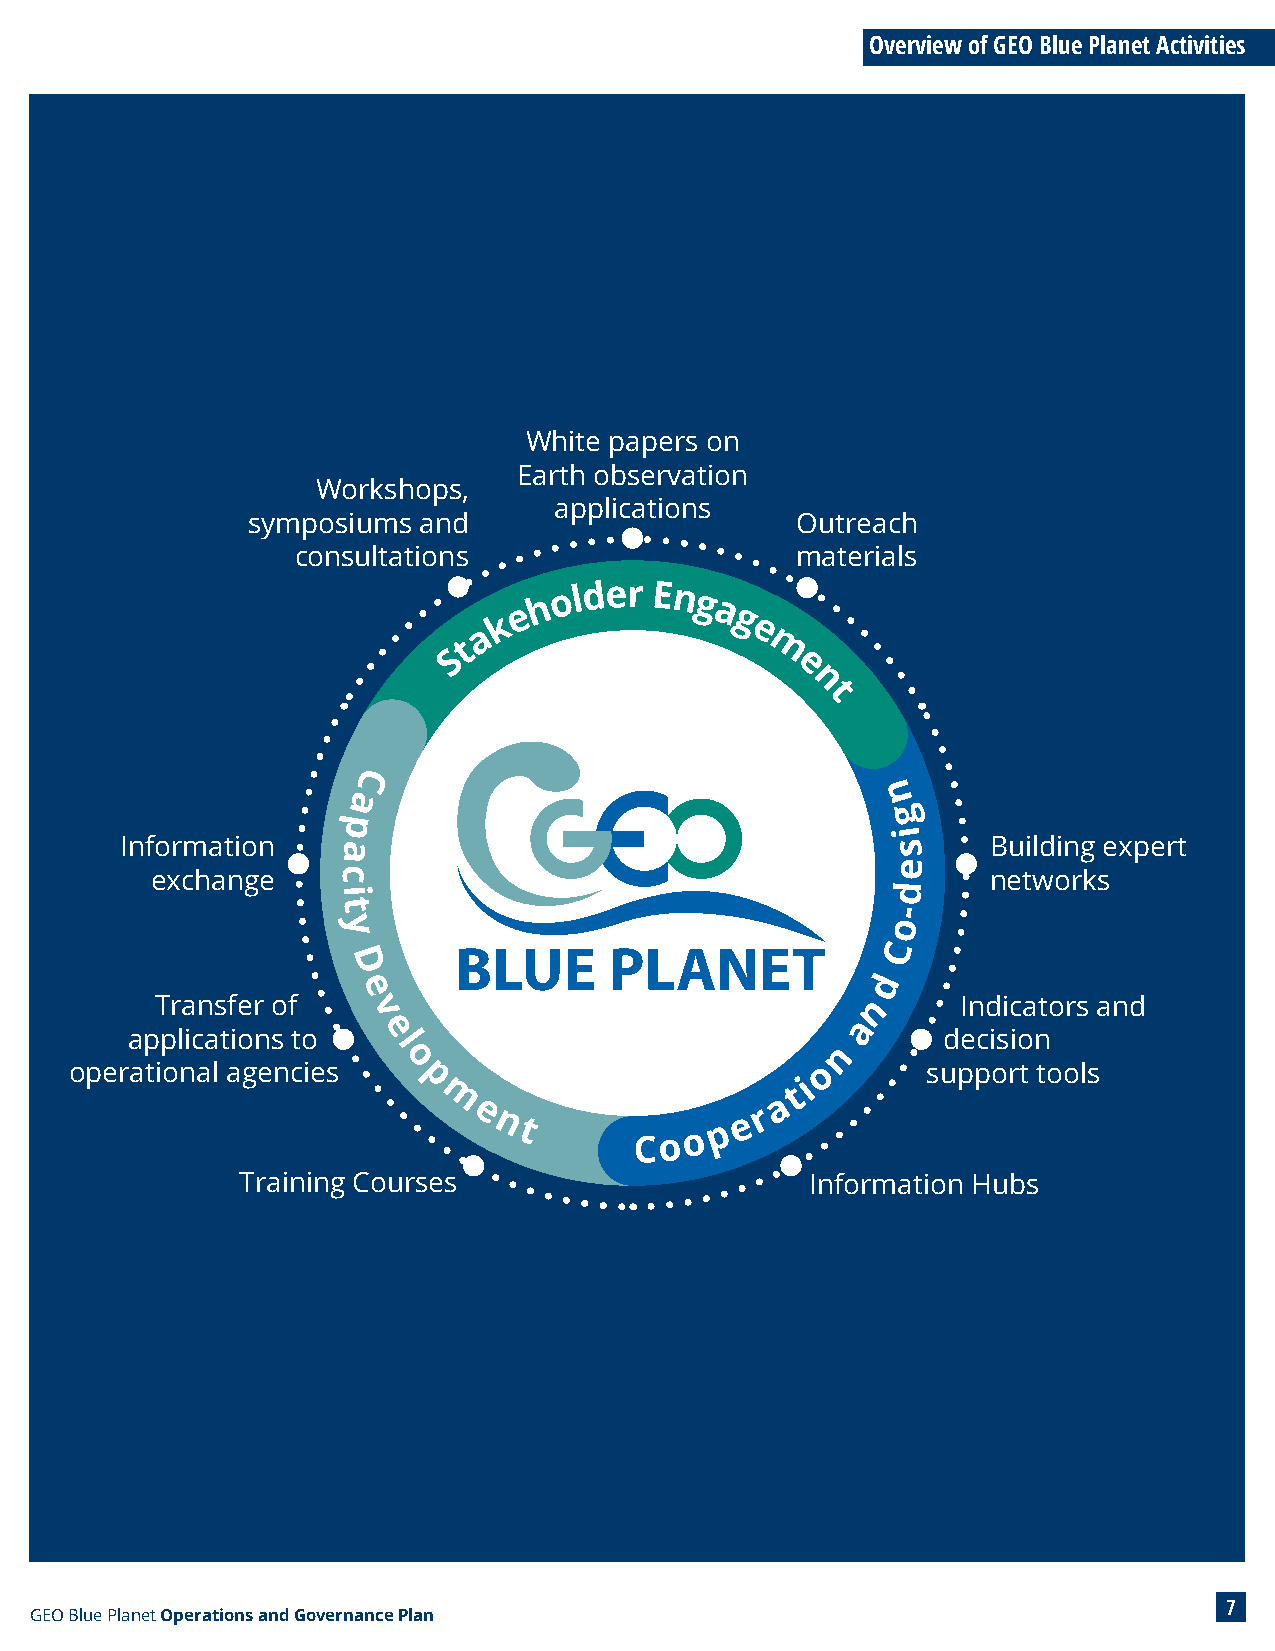
Overview of GEO Blue Planet Activities
 White papers on
 Earth observation
 Workshops,
 applications
 symposiums  and                      Outreach
 consultations                    materials
 h o lder Eng
 e            a
 k              g
 a                e
 St                  m
 e
 n
 t
 C
 a                                  n
 p                                    g
 i
 Information   a                                    s      Building expert
 e
 exchange    c                                           networks
 i                                    d
 t                                    -
 y                                    o
 C
 D
 d
 e
 Transfer of                                     n     Indicators and
 v
 a
 applications to  e l                                  decision
 n
 o
 operational agencies                             o      support tools
 p                         i
 t
 m                      a
 e                  r
 nt             p e
 Co  o
 Training Courses                      Information Hubs
 7
 GEO Blue Planet Operations and Governance Plan